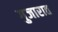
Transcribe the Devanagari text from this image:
गुजारात